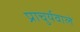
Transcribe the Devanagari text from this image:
प्राचुर्यवाले